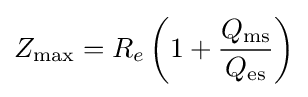
Z_{\rm {max}}=R_{e}\left(1+{\frac {Q_{\rm {ms}}}{Q_{\rm {es}}}}\right)